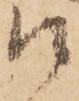
候